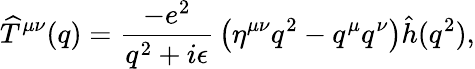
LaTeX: \widehat T^{\mu\nu}(q)={\frac{-e^{2}}{q^{2}+i\epsilon}}\left(\eta^{\mu\nu}q^{2}-q^{\mu}q^{\nu}\right)\hat{h}(q^{2}),